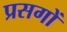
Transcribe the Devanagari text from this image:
प्रसगों